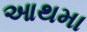
આથમા